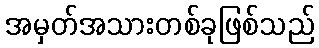
အမှတ်အသားတစ်ခုဖြစ်သည်